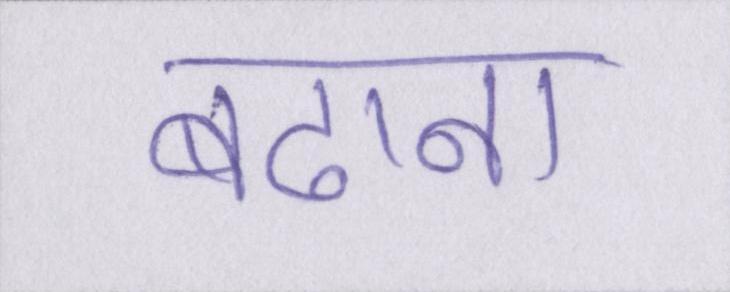
बढाना